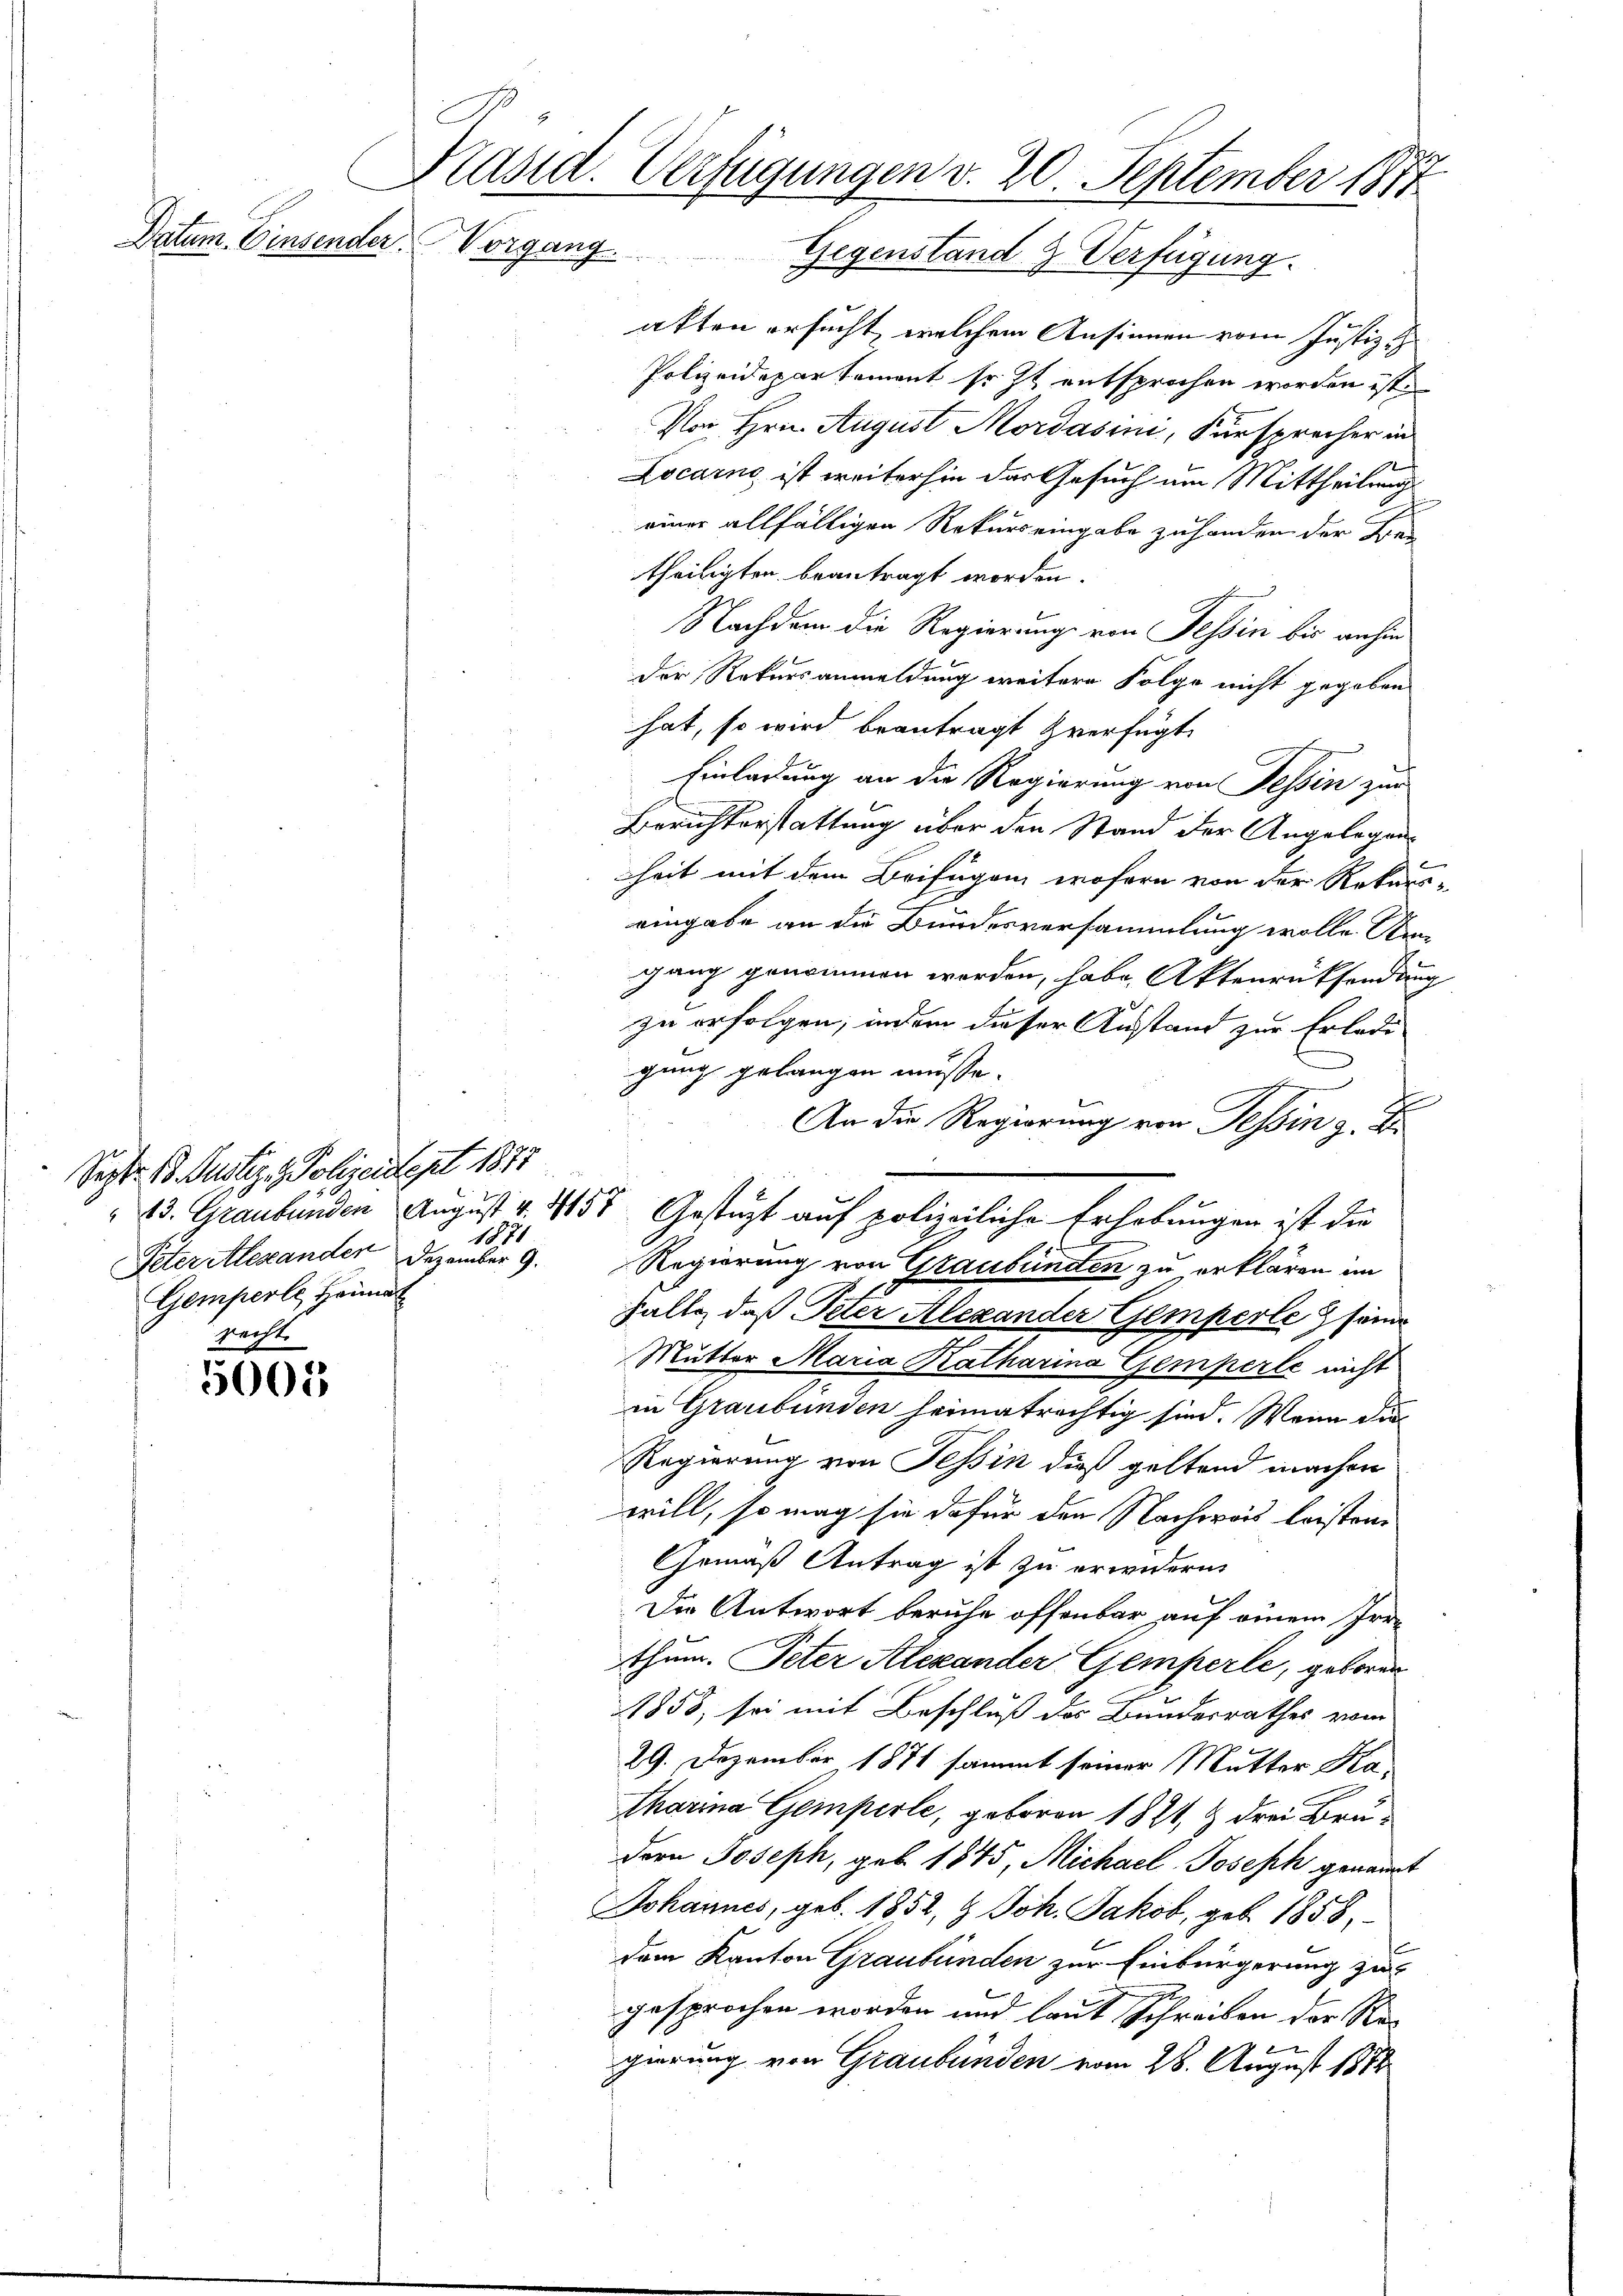
Datum. Einsender.

5005

Präsid. Verfügungen v. 20. September 1871
Vorgang.
Gegenstand z. Verfügung.

Sept. 18. Justiz. Polizeidept 1873
Peter Alexanden
Gemperli, Heimat
recht.

atten ersucht, welchem Ansinnen vom Justiz-
Polizeidepartement so zu entsprochen worden ist.
Von Hrn. August Mordasini, Fürsprecher in
Locarno ist weiterhin das Gesuch am Mittheilung
einer allfälligen Rekurs eingabe zu handen der Wer
theiligten beantragt worden.
Nachdem die Regierung von Tessin bis anhin
der Rekursanmeldung weitere Folge nicht gegeben
hat, so wird beantragt zverfügt
Einladung an die Regierung von Tessin zur
Berichterstattung über den Stand der Angelegenheit mit dem Beifügen, wofern von der Rekurs-
eingabe an die Bundesversammlung wolle Den
gang genommen worden, habe, Aktenrücksendung
zu erfolgen, indem dieser Anstand zur Erledi
gung gelangen müsse.
An die Regierung von Tessin z. B.
23. Graubünden August v. 157. Gestützt auf polizeiliche Erhebungen ist die
1871
s
Dezember 9.
Regierung von Graubünden zu erklären im
Falte, daß Peter Alexander Gemperle seine
Mutter Maria Katharina Gemperle nicht
in Graubünden heimatrechtig sind. Wenn die
Regierung von Tessin dieß geltend machen
will, so mag sie dafür den Nachweis leisten
Gemäß Antrag ist zu erwidern,
Die Antwort beruhe offenbar auf einem Irrthum. Peter Alexander Gemperle, geboren
1858, sei mit Beschluß des Bundesrathes vom
29. Dezember 1871 sammt seiner Mutter Ka-
Charina Gemperle, geboren 1821, & drei Brudern Joseph, geb. 1845, Michael Joseph genannt
Johannes, geb. 1852, & Joh. Jakob, geb. 1858,
dem Kanton Graubünden zur Einbürgerung zu
gesprochen worden und laut Schreiben der Regierung von Graubünden vom 26. August 1872